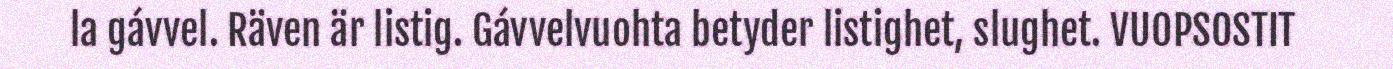
la gávvel. Räven är listig. Gávvelvuohta betyder listighet, slughet. VUOPSOSTIT